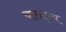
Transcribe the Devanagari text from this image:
यासदृश्य